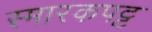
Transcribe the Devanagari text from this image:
स्मारकपट्ट